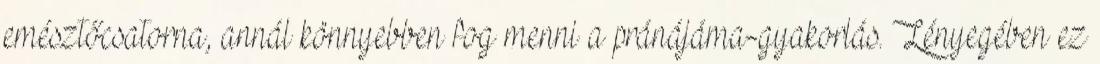
emésztőcsatorna, annál könnyebben fog menni a pránájáma-gyakorlás. Lényegében ez